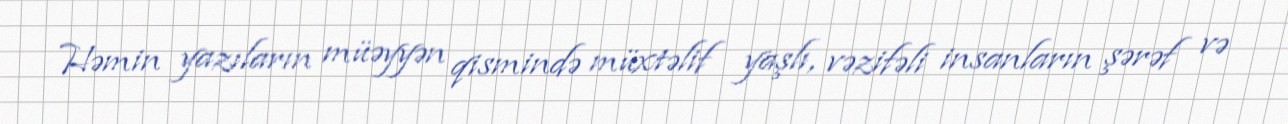
Həmin yazıların müəyyən qismində müxtəlif yaşlı, vəzifəli insanların şərəf və